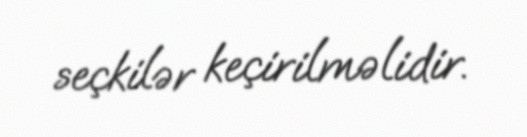
seçkilər keçirilməlidir.